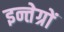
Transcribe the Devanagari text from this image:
इन्तेग्रों